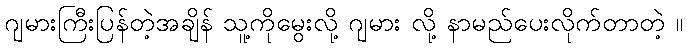
ဂျမားကြီးပြန်တဲ့အချိန် သူ့ကိုမွေးလို့ ဂျမား လို့ နာမည်ပေးလိုက်တာတဲ့ ။